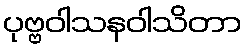
ပုဗ္ဗဝါသနဝါသိတာ